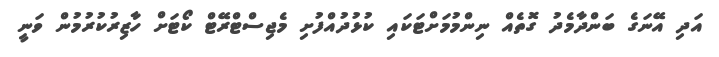
އަދި އޭނަގެ ބަންދާމެދު ގޮތެއް ނިންމުމަށްޓަކައި ކުޅުދުއްފުށި މެޖިސްޓްރޭޓް ކޯޓަށް ހާޒިރުކުރުމުން ވަނީ